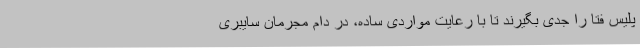
پلیس فتا را جدی بگیرند تا با رعایت مواردی ساده، در دام مجرمان سایبری